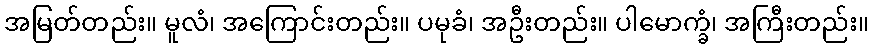
အမြတ်တည်း။ မူလံ၊ အကြောင်းတည်း။ ပမုခံ၊ အဦးတည်း။ ပါမောက္ခံ၊ အကြီးတည်း။